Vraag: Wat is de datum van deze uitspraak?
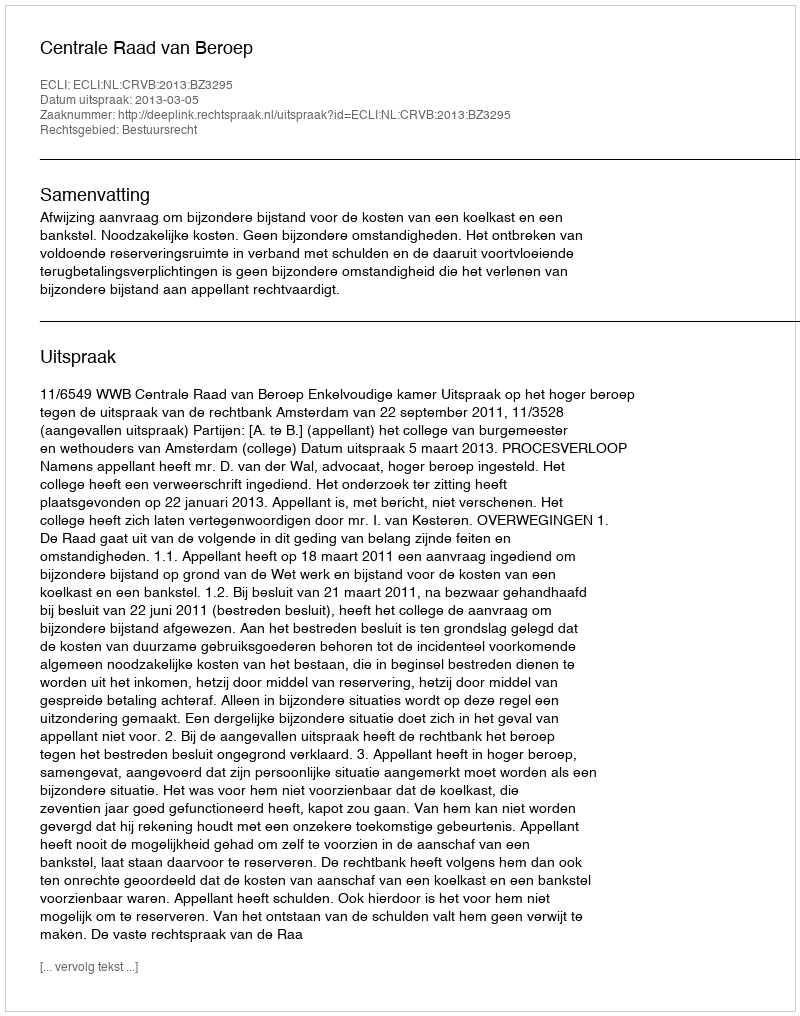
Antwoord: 2013-03-05